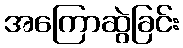
အကြောဆွဲခြင်း